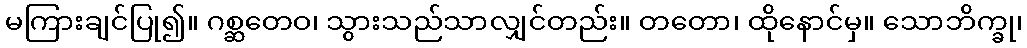
မကြားချင်ပြု၍။ ဂစ္ဆတေဝ၊ သွားသည်သာလျှင်တည်း။ တတော၊ ထိုနောင်မှ။ သောဘိက္ခု၊